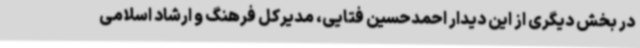
در بخش دیگری از این دیدار احمدحسین فتایی، مدیرکل فرهنگ و ارشاد اسلامی